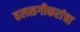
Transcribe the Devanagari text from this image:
हलसगीकरांचा